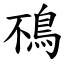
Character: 鴀